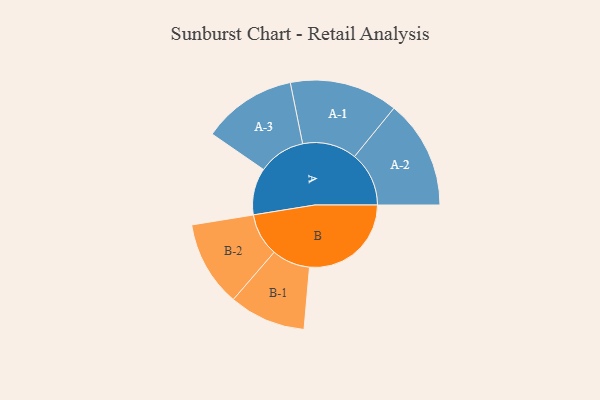
{"axis": {"x": "Segment", "y": "Value"}, "legend": ["", "A", "B"], "data": [{"x": "A", "y": 198, "type": ""}, {"x": "B", "y": 430, "type": ""}, {"x": "A-1", "y": 229, "type": "A"}, {"x": "A-2", "y": 230, "type": "A"}, {"x": "A-3", "y": 199, "type": "A"}, {"x": "B-1", "y": 162, "type": "B"}, {"x": "B-2", "y": 181, "type": "B"}]}